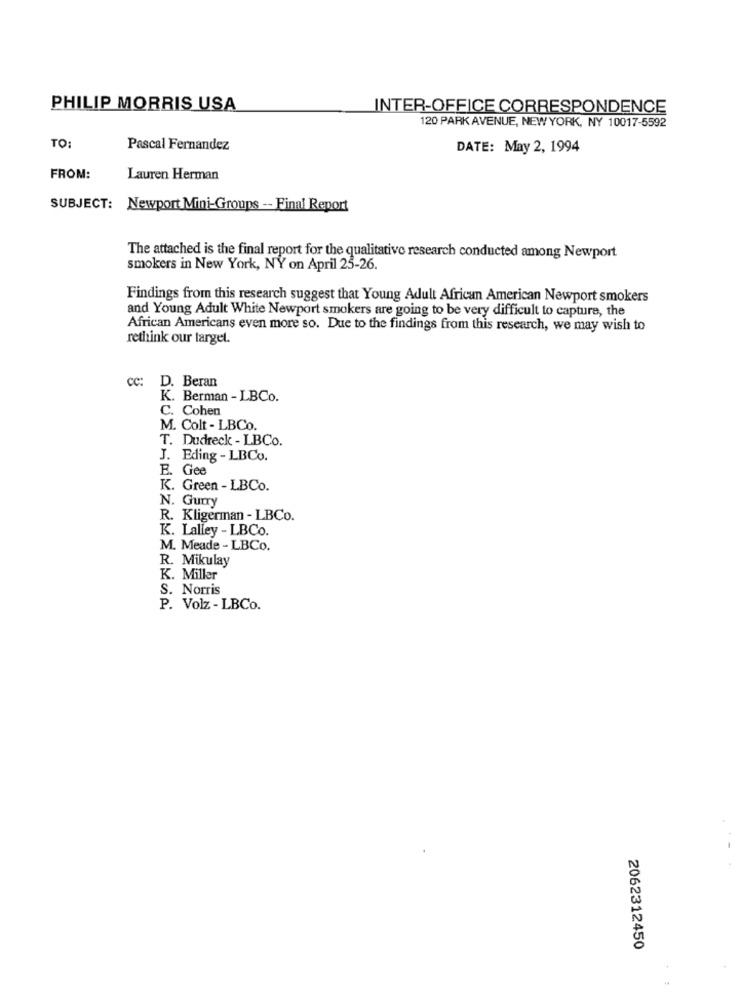
PHILIP MORRIS USA
INTER-OFFICE CORRESPONDENCE
120 PARK AVENUE, NEW YORK, NY 10017-5592
TO:
Pascal Fernandez
DATE: May 2, 1994
FROM:
Lauren Herman
SUBJECT: Newport Mini-Groups -- Final Report
The attached is the final report for the qualitative research conducted among Newport
smokers in New York, NY on April 25-26.
Findings from this research suggest that Young Adult African American Newport smokers
and Young Adult White Newport smokers are going to be very difficult to capture, the
African Americans even more so. Due to the findings from this research, we may wish to
rethink our target.
CC:
D. Beran
K. Berman - LBCo.
C. Cohen
M. Colt - LBCo.
T. Dudreck - LBCo.
. Eding - LBCo.
E. Gee
K. Green - LBCo.
N. Gurry
R. Kligerman - LBCo.
K. Lalley - LBCo.
M. Meade - LBCo.
R. Mikulay
K. Miller
S. Norris
P. Volz - LBCo.
2062312450